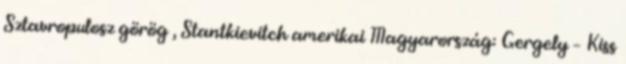
Sztavropulosz görög , Stantkievitch amerikai Magyarország: Gergely – Kiss